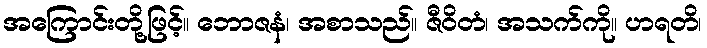
အကြောင်းတို့ဖြင့်။ ဘောဇနံ၊ အစာသည်။ ဇီဝိတံ၊ အသက်ကို။ ဟရတိ၊